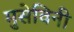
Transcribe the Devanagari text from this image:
मुसेविनी